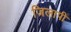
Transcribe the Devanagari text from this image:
जिलापी